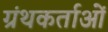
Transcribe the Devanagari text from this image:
ग्रंथकर्ताओं